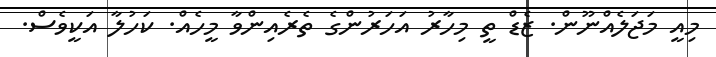
މިއީ މަޖަލެއްނޫން. ޒެޑް ތީ މިހާރު އަހަރުންގެ ތެރެއިންވާ މީހެއް. ކަހުލާ އަކީވެސް.